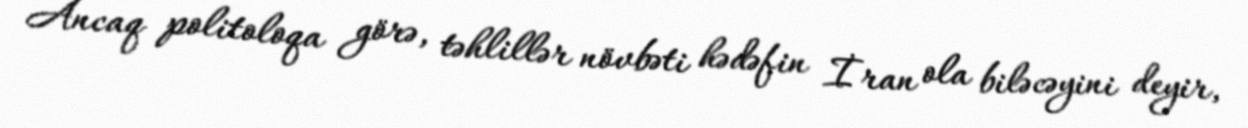
Ancaq politoloqa görə, təhlillər növbəti hədəfin İran ola biləcəyini deyir,